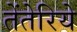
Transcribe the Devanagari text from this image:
तेंतेरिये